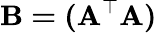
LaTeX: \mathbf{B=(A^{\top}A)}